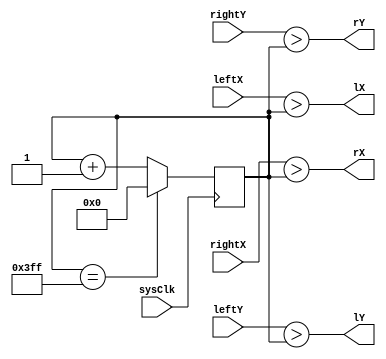
`timescale 1ns / 1ps

module ledRGB (
	input  wire sysClk,
	input  wire [7:0]
		leftX, leftY,
		rightX, rightY,
	output wire 
		lX, lY,
		rX, rY
);

	reg [9:0] ledCounter;

	always @(posedge sysClk) begin
		if ( ledCounter == 10'b1111111111 ) begin
			ledCounter = 0;
		end
		else begin
			ledCounter = ledCounter + 1;
		end
	end


	assign lX = {2'b00,  leftX} > ledCounter;
	assign lY = {2'b00,  leftY} > ledCounter;
	assign rX = {2'b00, rightX} > ledCounter;
	assign rY = {2'b00, rightY} > ledCounter;

endmodule